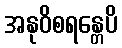
အနုဝိစရန္တေပိ